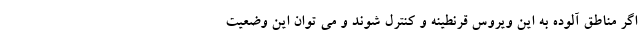
اگر مناطق آلوده به این ویروس قرنطینه و کنترل شوند و می توان این وضعیت